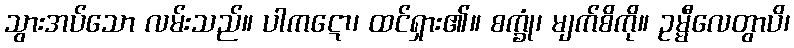
သွားအပ်သော လမ်းသည်။ ပါကဋော၊ ထင်ရှား၏။ စက္ခုံ၊ မျက်စိကို။ ဥမ္မီလေတွာပိ၊